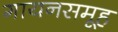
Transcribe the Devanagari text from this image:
गायनसमूह